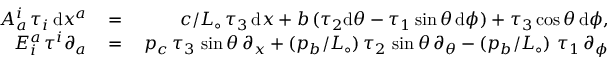
\begin{array} { r l r } { A _ { a } ^ { i } \, \tau _ { i } \, \mathrm { d } x ^ { a } \, } & { = } & { \, c / L _ { \circ } \, \tau _ { 3 } \, \mathrm { d } x + b \, ( \tau _ { 2 } \mathrm { d } \theta - \tau _ { 1 } \sin \theta \, \mathrm { d } \phi ) + \tau _ { 3 } \cos \theta \, \mathrm { d } \phi , } \\ { E _ { i } ^ { a } \, \tau ^ { i } \partial _ { a } \, } & { = } & { \, p _ { c } \, \tau _ { 3 } \, \sin \theta \, \partial _ { x } + ( p _ { b } / L _ { \circ } ) \, \tau _ { 2 } \, \sin \theta \, \partial _ { \theta } - ( p _ { b } / L _ { \circ } ) \, \, \tau _ { 1 } \, \partial _ { \phi } } \end{array}